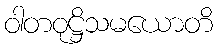
ဝါတဝုဋ္ဌိသမယောတိ